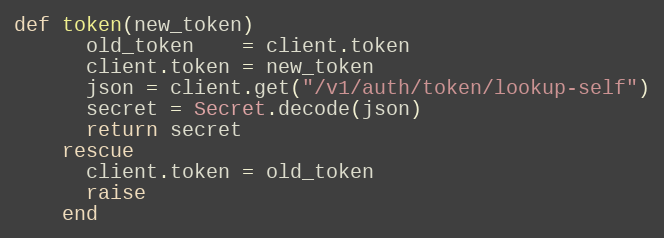
Language: Ruby
def token(new_token)
      old_token    = client.token
      client.token = new_token
      json = client.get("/v1/auth/token/lookup-self")
      secret = Secret.decode(json)
      return secret
    rescue
      client.token = old_token
      raise
    end